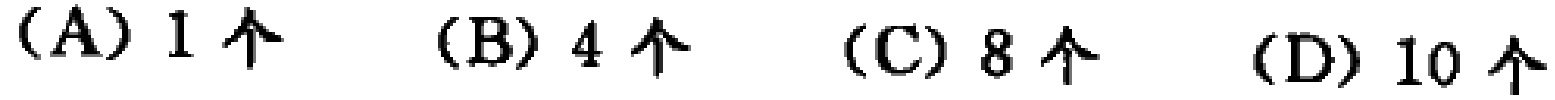
(A) 1个  (B) 4个  (C) 8个  (D) 10个